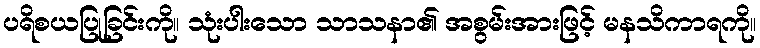
ပရိစယပြုခြင်းကို။ သုံးပါးသော သာသနာ၏ အစွမ်းအားဖြင့် မနသိကာရကို။